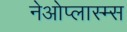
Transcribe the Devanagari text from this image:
नेओप्लास्म्स